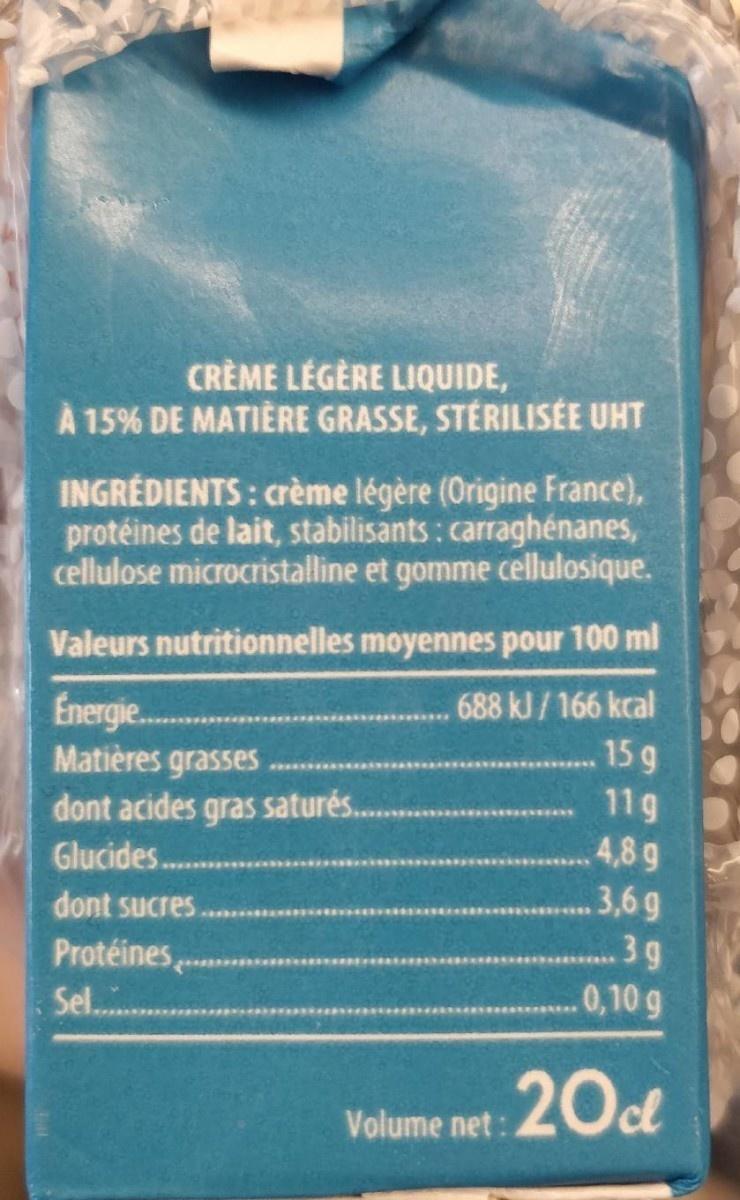
CRÈME LÉGÈRE LIQUIDE,
À 15% DE MATIÈRE GRASSE, STÉRILISÉE UHT
INGRÉDIENTS: crème légère (Origine France), protéines de lait, stabilisants: carraghénanes, cellulose microcristalline et gomme cellulosique.
Valeurs nutritionnelles moyennes pour 100 ml
Energie...
.688 kJ/166 kcal
Matières grasses
15 g
dont acides gras saturés.
11g
Glucides .........
4,8 g
dont sucres.
3,6g
.3g
0,10 g
Volume net: 20cl
Protéines
Sel............